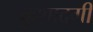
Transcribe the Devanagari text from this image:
कुशादगी